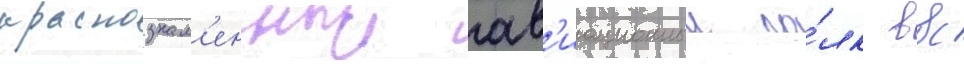
краснознам'енныи ав'иационныи по́лк ввс